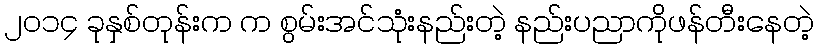
၂၀၁၄ ခုနှစ်တုန်းက က စွမ်းအင်သုံးနည်းတဲ့ နည်းပညာကိုဖန်တီးနေတဲ့